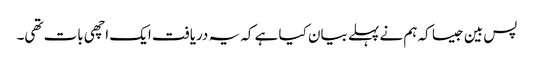
پس بین جیسا کہ ہم نے پہلے بیان کیا ہے کہ یہ دریافت ایک اچھی بات تھی۔